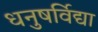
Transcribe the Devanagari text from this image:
धनुषर्विद्या